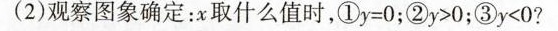
(2)观察图象确定：x取什么值时，①$$y = 0$$；②$$y > 0$$；③$$y < 0$$?